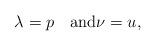
LaTeX: \begin{align*}\lambda=p\quad\hbox{and}\nu=u, \end{align*}